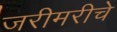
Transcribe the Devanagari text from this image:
जरीमरीचे